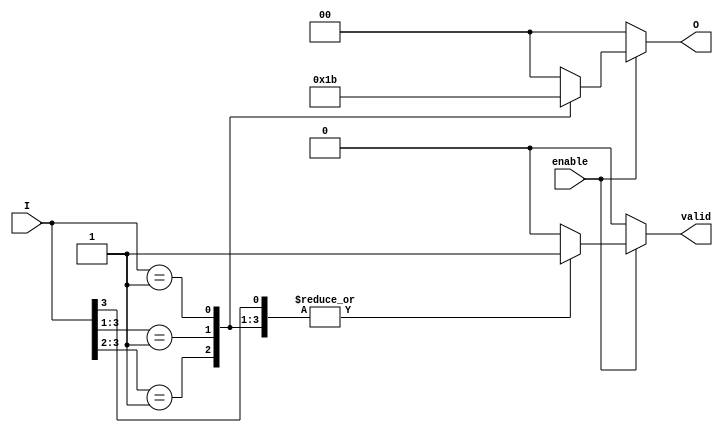
module priority_encoder (
    input wire enable,         // Enable signal
    input wire [3:0] I,       // Input lines (I0, I1, I2, I3)
    output reg [1:0] O,       // Output lines (binary representation of highest priority input)
    output reg valid          // Output valid signal
);

// Combinational logic for the priority encoder
always @(*) begin
    // Reset outputs
    O = 2'b00;                // Default output
    valid = 1'b0;            // Default valid signal

    if (enable) begin
        // Priority Encoding Logic
        casez (I)
            4'b1??? : begin O = 2'b00; valid = 1'b1; end // I0 is active
            4'b01?? : begin O = 2'b01; valid = 1'b1; end // I1 is active
            4'b001? : begin O = 2'b10; valid = 1'b1; end // I2 is active
            4'b0001 : begin O = 2'b11; valid = 1'b1; end // I3 is active
            default : begin O = 2'b00; valid = 1'b0; end  // No active input or invalid state
        endcase
    end
end

endmodule